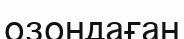
озондаған